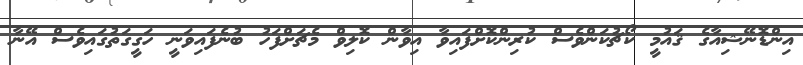
އިންޑޮނޭޝިއާގެ ޤައުމީ ކޯޗުކަންވެސް ކުރިންކޮށްފައިވާ އިވާން ކޮލިވް މެޗަށްފަހު ބުނެފައިވަނީ ހަގީގަތުގައިވެސް އޭނާ